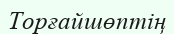
Торғайшөптің